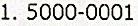
1. 5000-0001